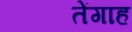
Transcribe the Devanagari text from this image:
तेंगाह